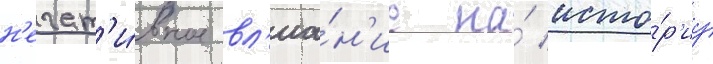
н'егат'и́вное вл'иа́н'ие на́ исто́р'иу